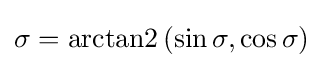
\sigma =\operatorname {arctan2} \left(\sin \sigma ,\cos \sigma \right)